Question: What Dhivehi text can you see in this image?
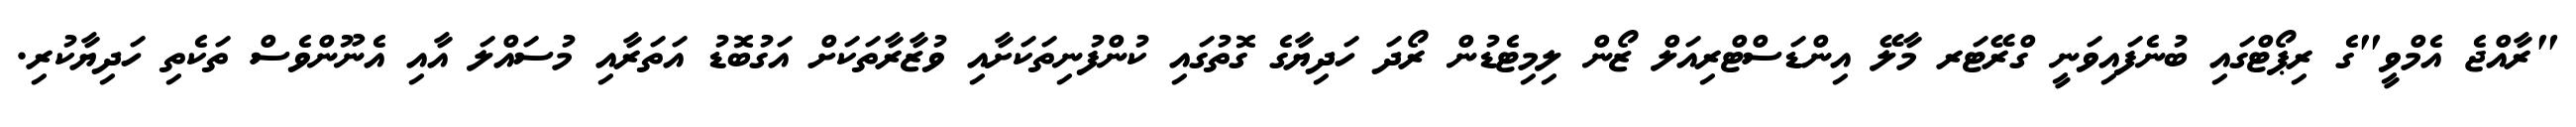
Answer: "ރާއްޖެ އެމްވީ"ގެ ރިޕޯޓްގައި ބުނެފައިވަނީ ގްރޭޓަރ މާލޭ އިންޑަސްޓްރިއަލް ޒޯން ލިމިޓެޑުން ރޯދަ ހަދިޔާގެ ގޮތުގައި ކުންފުނިތަކަށާއި ވުޒާރާތަކަށް އަގުބޮޑު އަތަރާއި މުސައްލަ އާއި އެނޫންވެސް ތަކެތި ހަދިޔާކުރި.